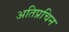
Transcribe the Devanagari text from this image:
अतिप्रचिन